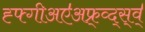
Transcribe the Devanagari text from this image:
ह्फ्गीअए॑अफ्र्व्द्स्व्॑